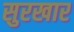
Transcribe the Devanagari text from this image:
सुरखार